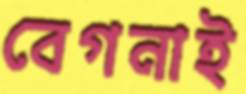
বেগনাই